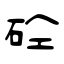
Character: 砼